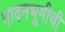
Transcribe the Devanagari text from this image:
पावनभूमीची